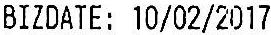
BIZDATE: 10/02/2017